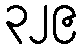
၃၂၉